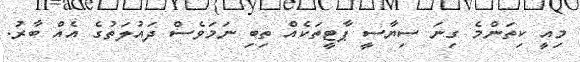
މިއީ ކިތަންމެ ގިނަ ސިޔާސީ ޕާޓީތަކެއް ތިބި ނަމަވެސް ދައުލަތުގެ އެއް ބާރު.